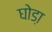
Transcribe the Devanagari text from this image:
घोडा़